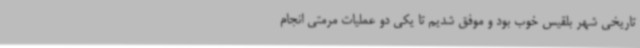
تاریخی شهر بلقیس خوب بود و موفق شدیم تا یکی دو عملیات مرمتی انجام